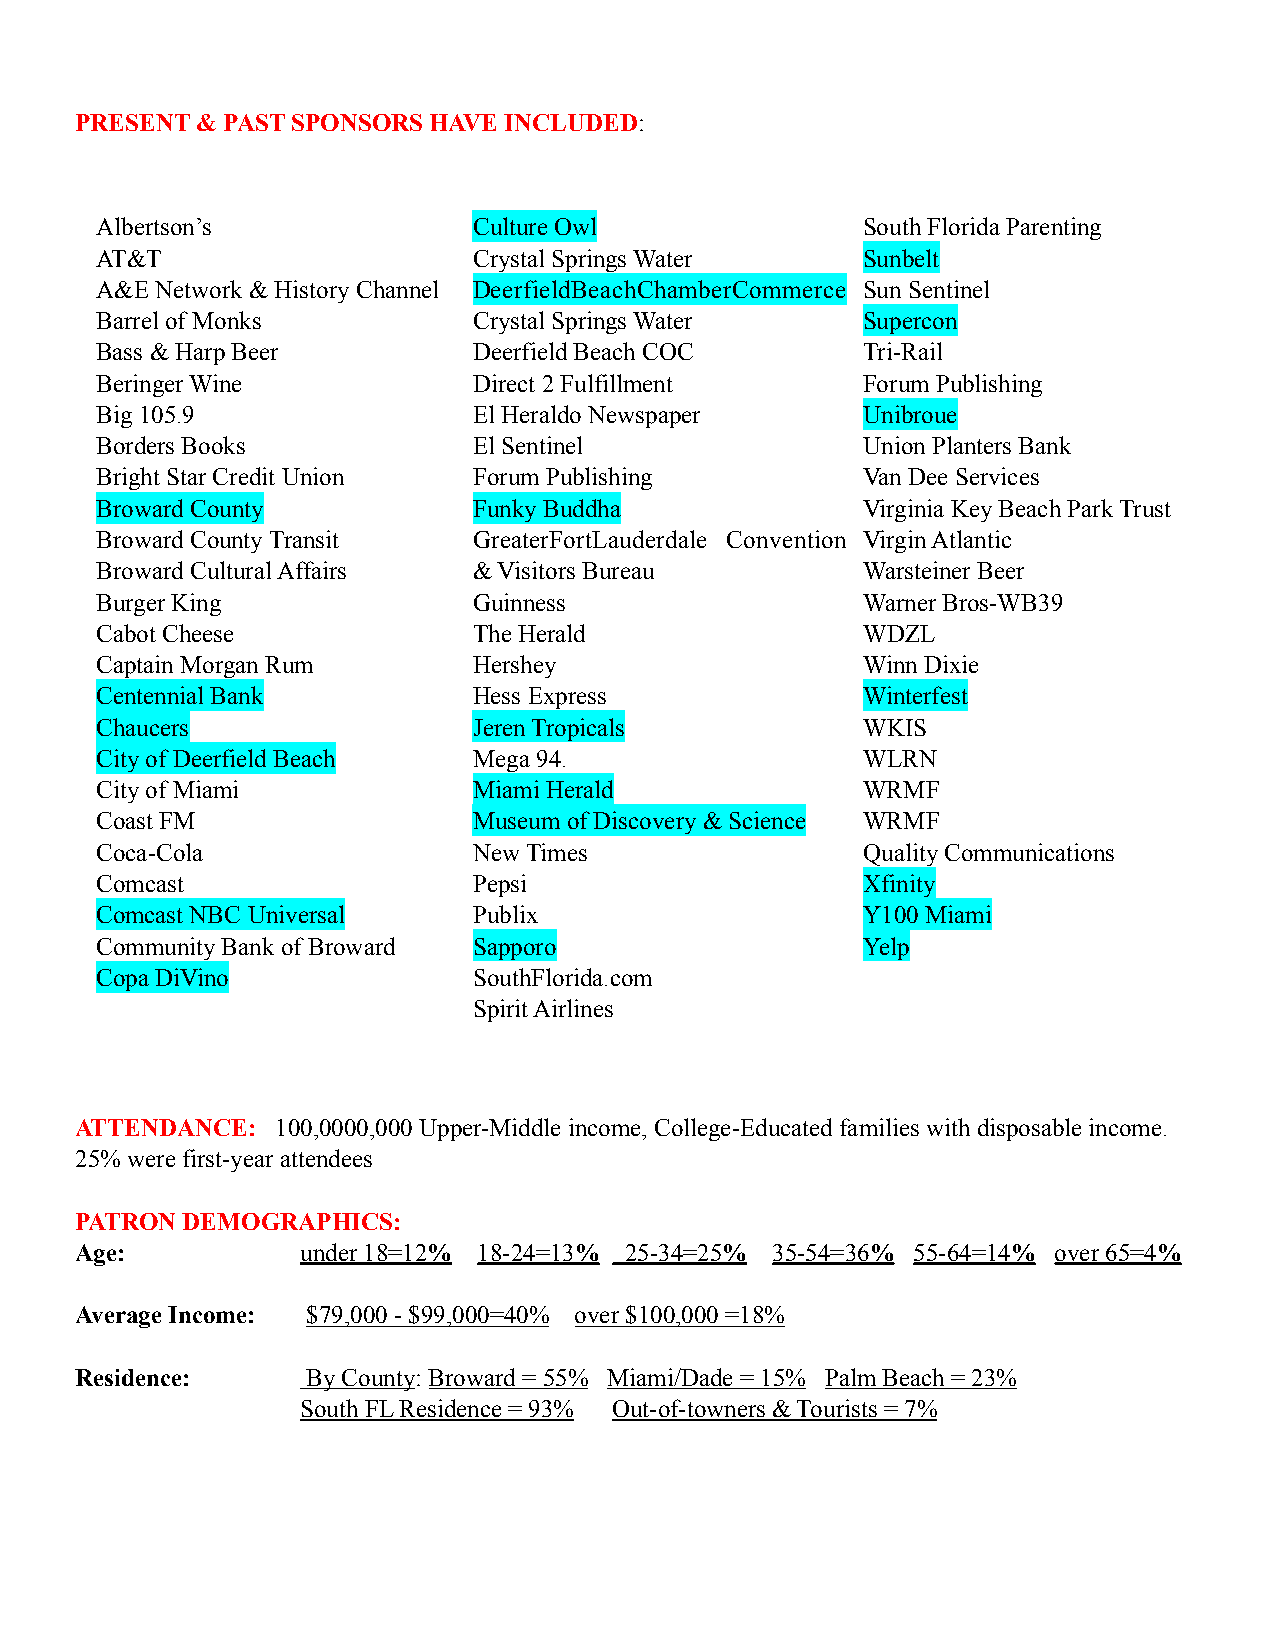
PRESENT & PAST SPONSORS HAVE INCLUDED:
 Albertson’s              Culture Owl               South Florida Parenting
 AT&T                     Crystal Springs Water     Sunbelt
 A&E Network & History Channel DeerfieldBeachChamberCommerce Sun Sentinel
 Barrel of Monks          Crystal Springs Water     Supercon
 Bass & Harp Beer         Deerfield Beach COC       Tri-Rail
 Beringer Wine            Direct 2 Fulfillment      Forum Publishing
 Big 105.9                El Heraldo Newspaper      Unibroue
 Borders Books            El Sentinel               Union Planters Bank
 Bright Star Credit Union Forum Publishing          Van Dee Services
 Broward County           Funky Buddha              Virginia Key Beach Park Trust
 Broward County Transit   GreaterFortLauderdale Convention Virgin Atlantic
 Broward Cultural Affairs & Visitors Bureau         Warsteiner Beer
 Burger King              Guinness                  Warner Bros-WB39
 Cabot Cheese             The Herald                WDZL
 Captain Morgan Rum       Hershey                   Winn Dixie
 Centennial Bank          Hess Express              Winterfest
 Chaucers                 Jeren Tropicals           WKIS
 City of Deerfield Beach  Mega 94.                  WLRN
 City of Miami            Miami Herald              WRMF
 Coast FM                 Museum of Discovery & Science WRMF
 Coca-Cola                New Times                 Quality Communications
 Comcast                  Pepsi                     Xfinity
 Comcast NBC Universal    Publix                    Y100 Miami
 Community Bank of Broward Sapporo                  Yelp
 Copa DiVino              SouthFlorida.com
 Spirit Airlines
 ATTENDANCE:  100,0000,000 Upper-Middle income, College-Educated families with disposable income.
 25% were first-year attendees
 PATRON DEMOGRAPHICS:
 Age:           under 18=12% 18-24=13% 25-34=25% 35-54=36% 55-64=14% over 65=4%
 Average Income: $79,000 - $99,000=40% over $100,000 =18%
 Residence:     By County: Broward = 55% Miami/Dade = 15% Palm Beach = 23%
 South FL Residence = 93% Out-of-towners & Tourists = 7%